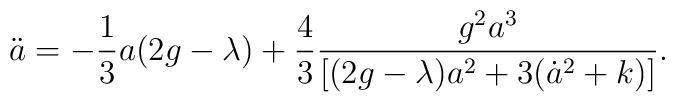
\ddot a = -\frac 13 a(2 g - \lambda)           +\frac43\frac{g^2a^3}{[(2g- \lambda)a^2+ 3(\dot a^2 +k)]}.